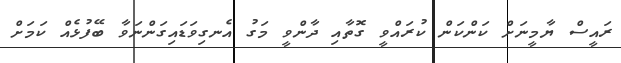
ރައީސް ޔާމީނަށް ކަންކަން ކުރައްވީ ގޮތާއި ދާންވީ މަގު އެނގިވަޑައިގަންނަވާ ބޭފުޅެއް ކަމަށް